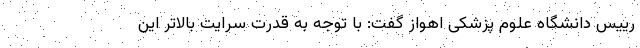
رییس دانشگاه علوم پزشکی اهواز گفت: با توجه به قدرت سرایت بالاتر این